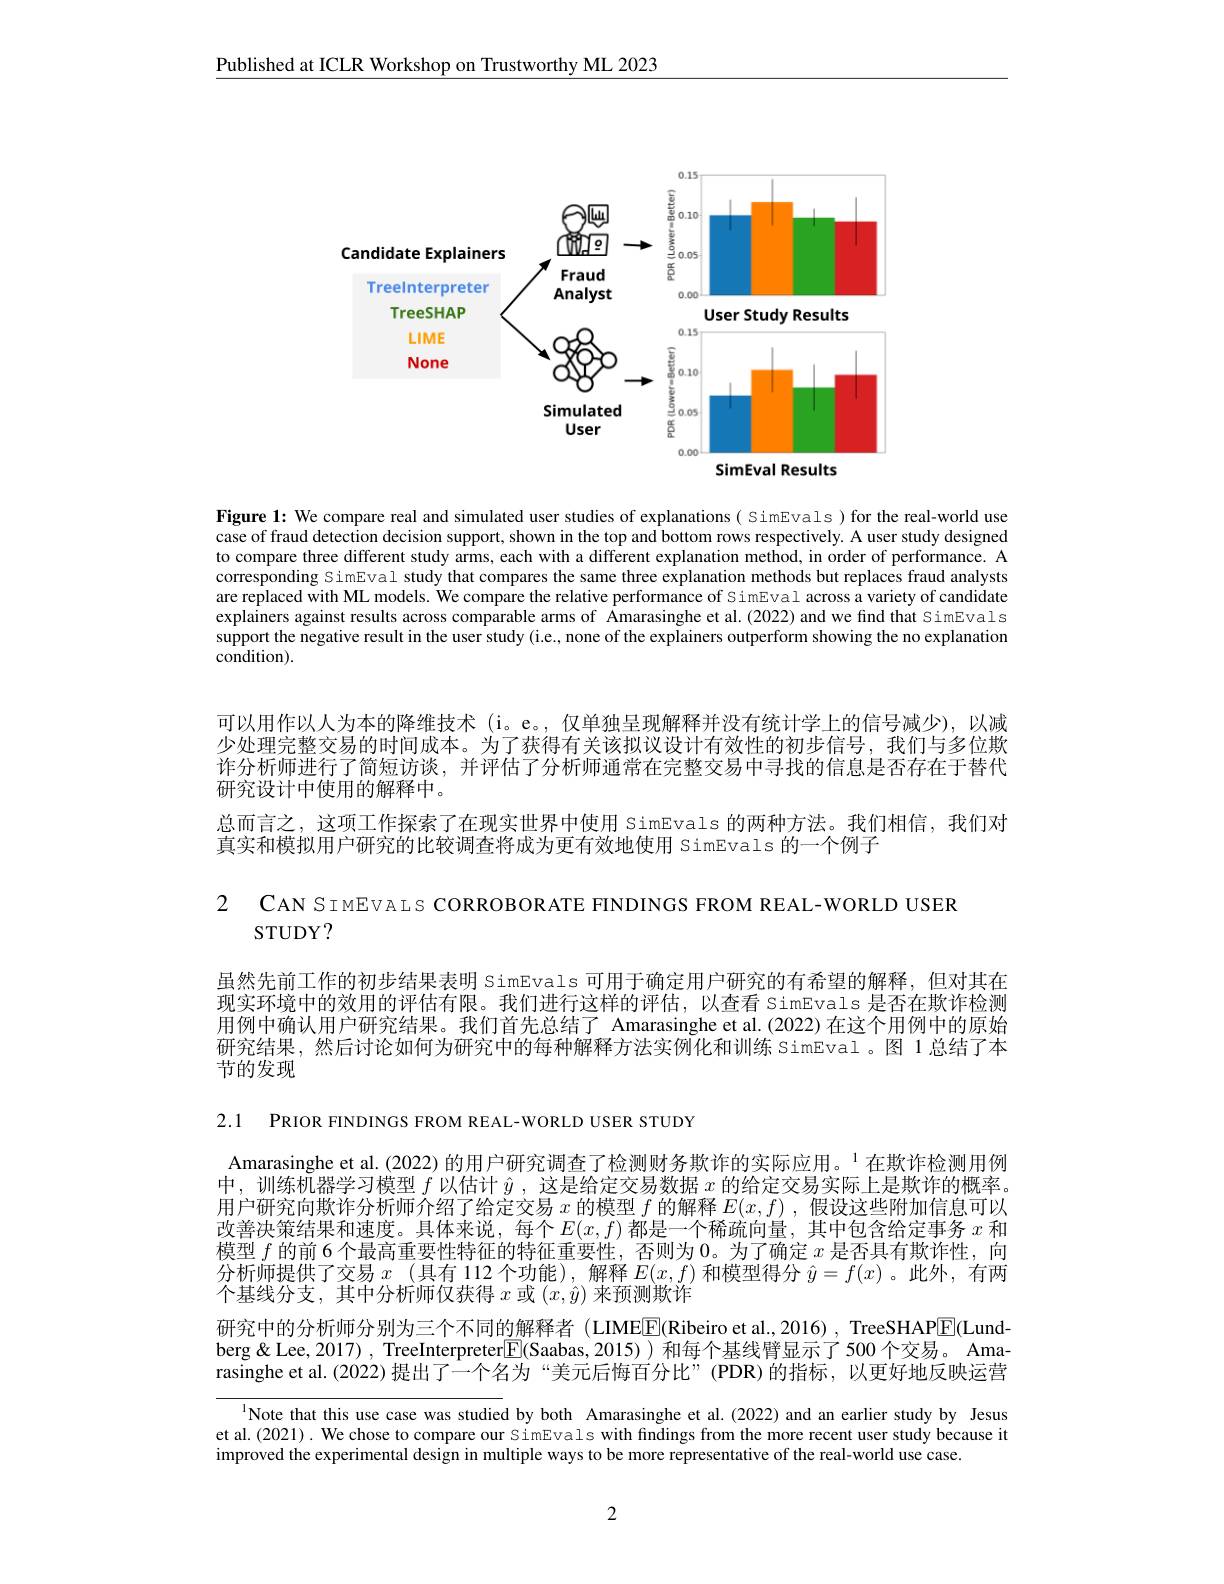
Published at ICLR Workshop on Trustworthy ML 2023

<FigureHere>

Figure 1: We compare real and simulated user studies of explanations( SimEvals ) for the real-world use case of fraud detection decision support, shown in the top and bottom rows respectively. A user study designed to compare three different study arms, each with a different explanation method, in order of performance. A corresponding SimEval study that compares the same three explanation methods but replaces fraud analysts are replaced with ML models. We compare the relative performance of SimEval across a variety of candidate explainers against results across comparable arms of Amarasinghe et al.(2022) and we find that SimEval s support the negative result in the user study (i.e., none of the explainers outperform showing the no explanation condition).

可以用作以人为本的降维技术 (i。e。,仅单独呈现解释并没有统计学上的信号减少),以减少处理完整交易的时间成本。为了获得有关该拟议设计有效性的初步信号，我们与多位欺诈分析师进行了简短访谈，并评估了分析师通常在完整交易中寻找的信息是否存在于替代研究设计中使用的解释中。
总而言之，这项工作探索了在现实世界中使用 SimEvals 的两种方法。我们相信，我们对

真实和模拟用户研究的比较调查将成为更有效地使用 SimEvals 的一个例子

2 CAN SIMEVALs CORROBORATE FINDINGS FROM REAL- WORLD USER

虽然先前工作的初步结果表明 SimEvals 可用于确定用户研究的有希望的解释，但对其在现实环境中的效用的评估有限。我们进行这样的评估，以查看 SimEvals 是否在欺诈检测用例中确认用户研究结果。我们首先总结了 Amarasinghe et al.(2022) 在这个用例中的原始研究结果，然后讨论如何为研究中的每种解释方法实例化和训练 SimEval。图 1总结了本节的发现

2.1 PRIOR FINDINGS FROM REAL-WORLD USER STUDY

Amarasinghe et al.(2022) 的用户研究调查了检测财务欺诈的实际应用。$^{1}$在欺诈检测用例中，训练机器学习模型$f$以估计$\hat{y}$,这是给定交易数据$x$的给定交易实际上是欺诈的概率。用户研究向欺诈分析师介绍了给定交易$x$的模型$f$的解释$E(x,f)$,假设这些附加信息可以改善决策结果和速度。具体来说，每个$E(x,f)$都是一个稀疏向量，其中包含给定事务 $x$ 和模型$f$的前 6 个最高重要性特征的特征重要性，否则为0。为了确定$x$是否具有欺诈性，向分析师提供了交易$x$ (具有 112 个功能),解释$E(x,f)$和模型得分$\hat{y}=f(x)$ 。此外，有两个基线分支，其中分析师仅获得$x$或$(x,\hat{y})$来预测欺诈
研究中的分析师分别为三个不同的解释者 (LIMEE(Ribeiro et al., 2016) , TreeSHAPE(Lund-1) berg&Lee,2017) , TreeInterpreter$\boxed{\mathrm{F}}($Saabas,2015))和每个基线臂显示了500个交易。Amarasinghe et al.(2022)提出了一个名为“美元后悔百分比”(PDR)的指标，以更好地反映运营

$^{1}$Note that this use case was studied by both Amarasinghe et al.(2022) and an earlier study by Jesus et al.(2021). We chose to compare our SimEvals with findings from the more recent user study because it improved the experimental design in multiple ways to be more representative of the real-world use case

2